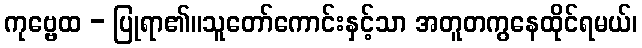
ကုဗ္ဗေထ - ပြုရာ၏။သူတော်ကောင်းနှင့်သာ အတူတကွနေထိုင်ရမယ်၊